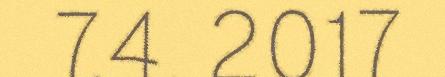
7.4. 2017